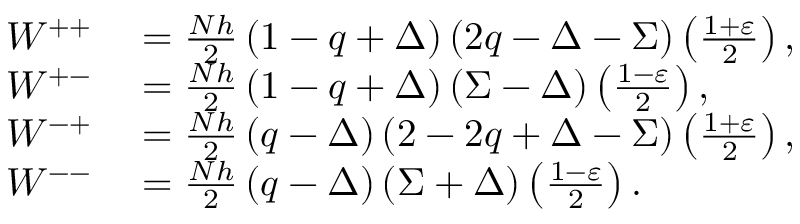
\begin{array} { r l } { W ^ { + + } } & { { } = \frac { N h } { 2 } \left( 1 - q + \Delta \right) ( 2 q - \Delta - \Sigma ) \left( \frac { 1 + \varepsilon } { 2 } \right) , } \\ { W ^ { + - } } & { { } = \frac { N h } { 2 } \left( 1 - q + \Delta \right) ( \Sigma - \Delta ) \left( \frac { 1 - \varepsilon } { 2 } \right) , } \\ { W ^ { - + } } & { { } = \frac { N h } { 2 } \left( q - \Delta \right) ( 2 - 2 q + \Delta - \Sigma ) \left( \frac { 1 + \varepsilon } { 2 } \right) , } \\ { W ^ { -- } } & { { } = \frac { N h } { 2 } \left( q - \Delta \right) ( \Sigma + \Delta ) \left( \frac { 1 - \varepsilon } { 2 } \right) . } \end{array}